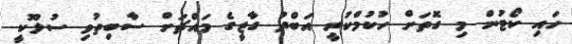
ހައި ކޯޓުން މި ގޮތަށް ހުކުމްކުރީ އަބްދު ގާޒީގެ މައްޗަށް ސާބިތުވި ސުލޫކީ